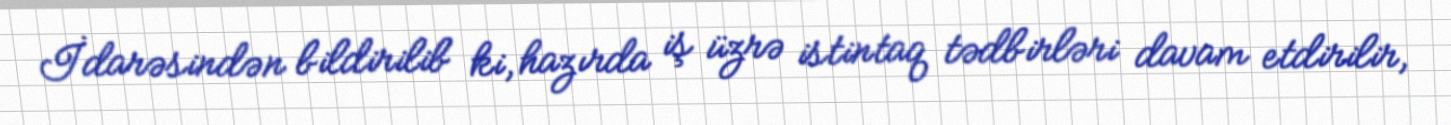
İdarəsindən bildirilib ki, hazırda iş üzrə istintaq tədbirləri davam etdirilir,